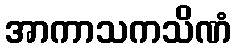
အာကာသကသိဏံ